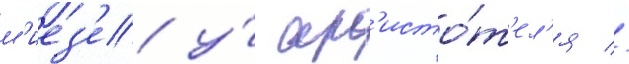
м'иез'е у́ ар'исто́т'ел'я //